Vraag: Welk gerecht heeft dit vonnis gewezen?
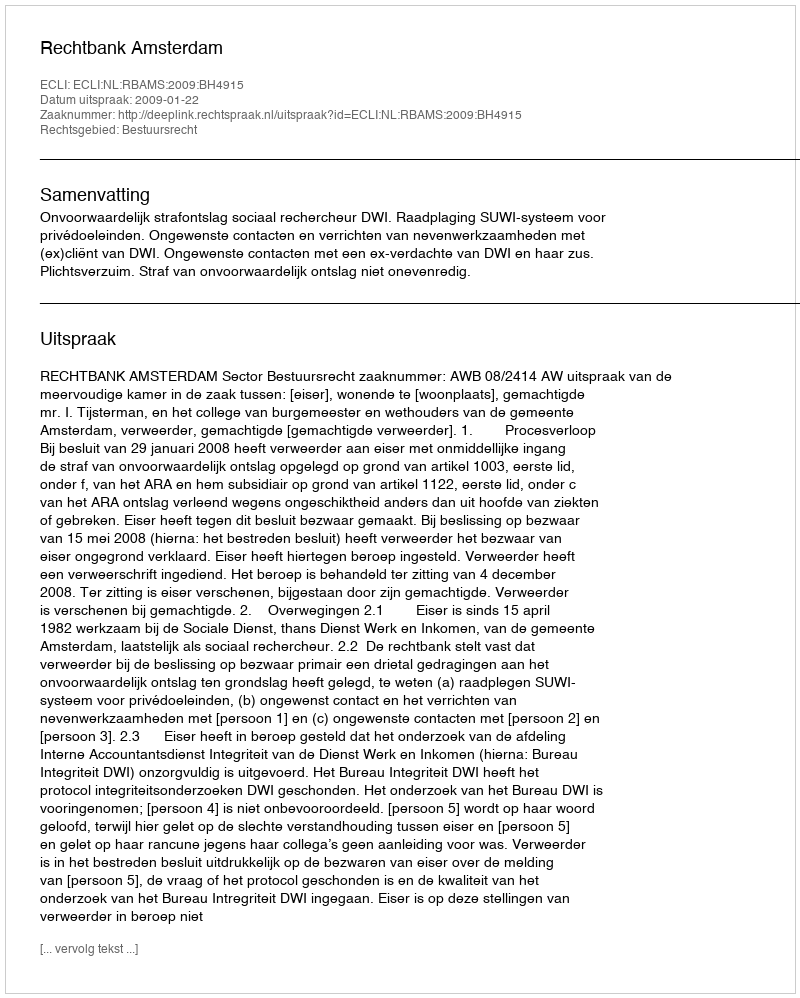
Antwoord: Rechtbank Amsterdam